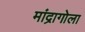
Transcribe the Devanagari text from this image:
मांद्रागोला